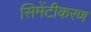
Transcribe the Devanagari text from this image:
सिमेंटीकरण